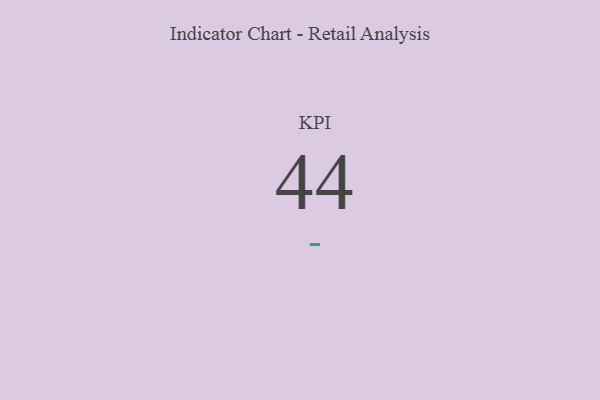
{"axis": {"x": "KPI", "y": "Value"}, "legend": [""], "data": [{"x": "KPI", "y": 44, "type": ""}]}